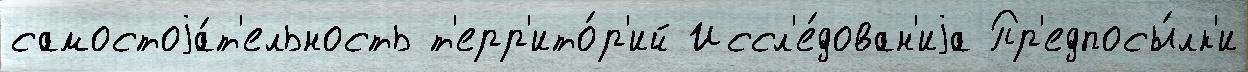
самостоjа́т'ельность т'ерр'ито́р'ий Иссл'е́дован'иjа Пр'едпосы́лк'и